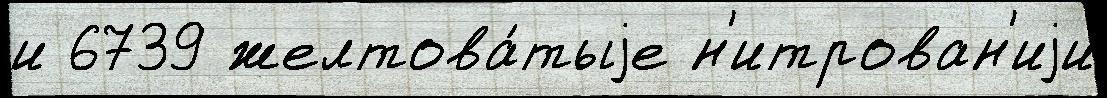
и 6739 желтова́тыjе н'итрован'иjи